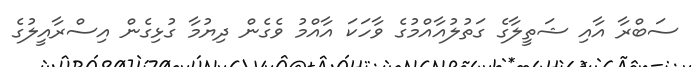
ސަބްރާ އާއި ޝަތީލާގެ ގަތުލުއާއްމުގެ ވާހަކަ އާއްމު ވެގެން ދިޔުމާ ގުޅިގެން އިސްރާއީލުގެ